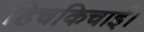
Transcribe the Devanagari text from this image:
हिचकिचाई।